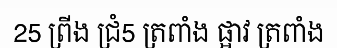
25 ព្រីង ជ្រំ5 ត្រពាំង ផ្អាវ ត្រពាំង